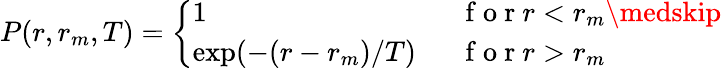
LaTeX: P(r,r_{m},T)=\left\{ \begin{array}{ll}{1\ \ \ \ }&{\mathrm{~f~o~r~}r<r_{m}\medskip}\\ {\exp(-(r-r_{m})/T)\ \ }&{\mathrm{~f~o~r~}r>r_{m}}\end{array}\right.